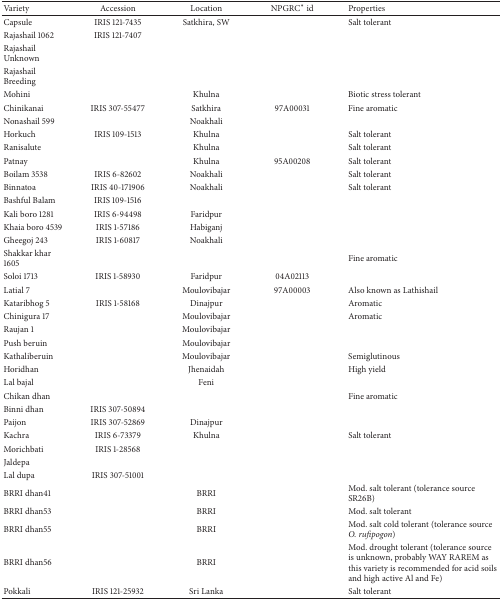
<table><thead><tr><td><b>Variety</b></td><td><b>Accession</b></td><td><b>Location</b></td><td><b>NPGRC∗ id</b></td><td><b>Properties</b></td></tr></thead><tbody><tr><td>Capsule</td><td>IRIS 121-7435 </td><td>Satkhira, SW</td><td> </td><td>Salt tolerant</td></tr><tr><td>Rajashail 1062</td><td>IRIS 121-7407</td><td> </td><td> </td><td> </td></tr><tr><td>Rajashail Unknown</td><td> </td><td> </td><td> </td><td> </td></tr><tr><td>Rajashail Breeding</td><td> </td><td> </td><td> </td><td> </td></tr><tr><td>Mohini</td><td> </td><td>Khulna</td><td> </td><td>Biotic stress tolerant</td></tr><tr><td>Chinikanai</td><td>IRIS 307-55477 </td><td>Satkhira</td><td>97A00031</td><td>Fine aromatic</td></tr><tr><td>Nonashail 599</td><td> </td><td>Noakhali</td><td> </td><td> </td></tr><tr><td>Horkuch</td><td>IRIS 109-1513 </td><td>Khulna</td><td> </td><td>Salt tolerant</td></tr><tr><td>Ranisalute</td><td> </td><td>Khulna</td><td> </td><td>Salt tolerant</td></tr><tr><td>Patnay</td><td> </td><td>Khulna</td><td>95A00208</td><td>Salt tolerant</td></tr><tr><td>Boilam 3538</td><td>IRIS 6-82602 </td><td>Noakhali</td><td> </td><td>Salt tolerant</td></tr><tr><td>Binnatoa</td><td>IRIS 40-171906 </td><td>Noakhali</td><td> </td><td>Salt tolerant</td></tr><tr><td>Bashful Balam</td><td>IRIS 109-1516</td><td> </td><td> </td><td> </td></tr><tr><td>Kali boro 1281</td><td>IRIS 6-94498 </td><td>Faridpur</td><td> </td><td> </td></tr><tr><td>Khaia boro 4539</td><td>IRIS 1-57186 </td><td>Habiganj</td><td> </td><td> </td></tr><tr><td>Gheegoj 243</td><td>IRIS 1-60817 </td><td>Noakhali</td><td> </td><td> </td></tr><tr><td>Shakkar khar 1605</td><td> </td><td> </td><td> </td><td>Fine aromatic</td></tr><tr><td>Soloi 1713</td><td>IRIS 1-58930</td><td>Faridpur</td><td>04A02113</td><td> </td></tr><tr><td>Latial 7</td><td> </td><td>Moulovibajar</td><td>97A00003</td><td>Also known as Lathishail</td></tr><tr><td>Kataribhog 5</td><td>IRIS 1-58168 </td><td>Dinajpur</td><td> </td><td>Aromatic</td></tr><tr><td>Chinigura 17</td><td> </td><td>Moulovibajar</td><td> </td><td>Aromatic</td></tr><tr><td>Raujan 1</td><td> </td><td>Moulovibajar</td><td> </td><td> </td></tr><tr><td>Push beruin</td><td> </td><td>Moulovibajar</td><td> </td><td> </td></tr><tr><td>Kathaliberuin</td><td> </td><td>Moulovibajar</td><td> </td><td>Semiglutinous</td></tr><tr><td>Horidhan</td><td> </td><td>Jhenaidah</td><td> </td><td>High yield</td></tr><tr><td>Lal bajal</td><td> </td><td>Feni</td><td> </td><td> </td></tr><tr><td>Chikan dhan</td><td> </td><td> </td><td> </td><td>Fine aromatic</td></tr><tr><td>Binni dhan</td><td>IRIS 307-50894 </td><td> </td><td> </td><td> </td></tr><tr><td>Paijon</td><td>IRIS 307-52869 </td><td>Dinajpur</td><td> </td><td> </td></tr><tr><td>Kachra</td><td>IRIS 6-73379 </td><td>Khulna</td><td> </td><td>Salt tolerant</td></tr><tr><td>Morichbati</td><td>IRIS 1-28568 </td><td> </td><td> </td><td> </td></tr><tr><td>Jaldepa</td><td> </td><td> </td><td> </td><td> </td></tr><tr><td>Lal dupa</td><td>IRIS 307-51001</td><td> </td><td> </td><td> </td></tr><tr><td>BRRI dhan41</td><td> </td><td>BRRI </td><td> </td><td>Mod. salt tolerant (tolerance source SR26B) </td></tr><tr><td>BRRI dhan53</td><td> </td><td>BRRI </td><td> </td><td>Mod. salt tolerant</td></tr><tr><td>BRRI dhan55</td><td> </td><td>BRRI</td><td> </td><td> Mod. salt cold tolerant (tolerance source <i>O. rufipogon</i>)</td></tr><tr><td>BRRI dhan56</td><td> </td><td>BRRI </td><td> </td><td>Mod. drought tolerant (tolerance source is unknown, probably WAY RAREM as this variety is recommended for acid soils and high active Al and Fe)</td></tr><tr><td>Pokkali</td><td>IRIS 121-25932</td><td>Sri Lanka</td><td> </td><td>Salt tolerant</td></tr></tbody></table>